Civil Veterinary Dept. Bombay admin report 1893-99 - 1893-1899
Year: 1893
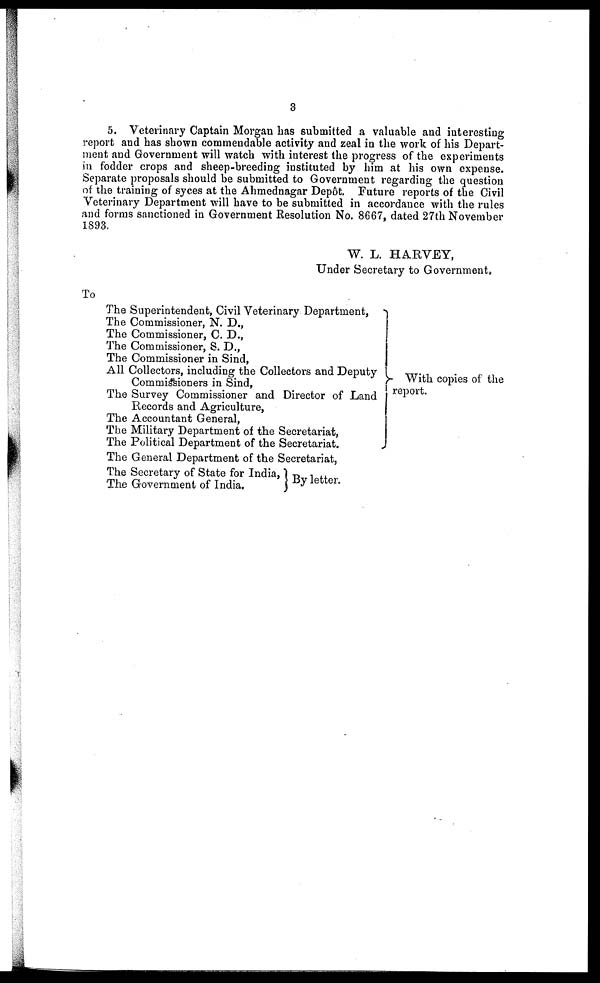
3
5. Veterinary Captain Morgan has submitted a valuable and interesting
report and has shown commendable activity and zeal in the work of his Depart-
ment and Government will watch with interest the progress of the experiments
in fodder crops and sheep-breeding instituted by him at his own expense.
Separate proposals should be submitted to Government regarding the question
of the training of syces at the Ahmednagar Depôt. Future reports of the Civil
Veterinary Department will have to be submitted in accordance with the rules
and forms sanctioned in Government Resolution No. 8667, dated 27th November
1893.
W. L. HARVEY,
Under Secretary to Government.
To
The Superintendent, Civil Veterinary Department,
The Commissioner, N. D.,
The Commissioner, C. D.,
The Commissioner, S. D.,
The Commissioner in Sind,
All Collectors, including the Collectors and Deputy
Commissioners in Sind,
The Survey Commissioner and Director of Land
Records and Agriculture,
The Accountant General,
The Military Department of the Secretariat,
The Political Department of the Secretariat.
The General Department of the Secretariat,
The Secretary of State for India,
The Government of India.
By letter.
With copies of the
report.